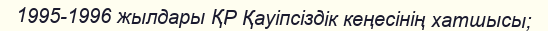
1995-1996 жылдары ҚР Қауіпсіздік кеңесінің хатшысы;